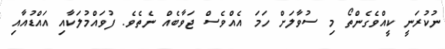
ނުކުރަނީ ކީއްވެގެންތޯ މި ސުވާލަށް ހަމަ އެއްވެސް ޖަވާބެއް ނެތެވެ. ފުވައްމުލަކާއި އައްޑުއާއި